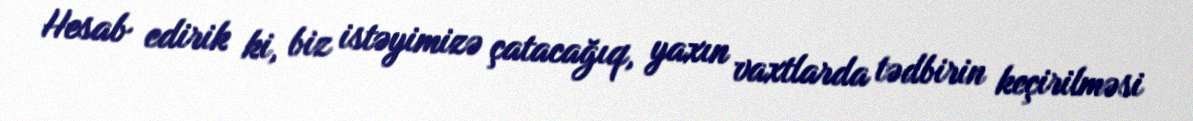
Hesab edirik ki, biz istəyimizə çatacağıq, yaxın vaxtlarda tədbirin keçirilməsi